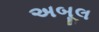
અબૂલ